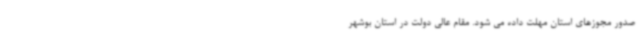
صدور مجوزهای استان مهلت داده می شود. مقام عالی دولت در استان بوشهر